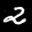
Label: 2